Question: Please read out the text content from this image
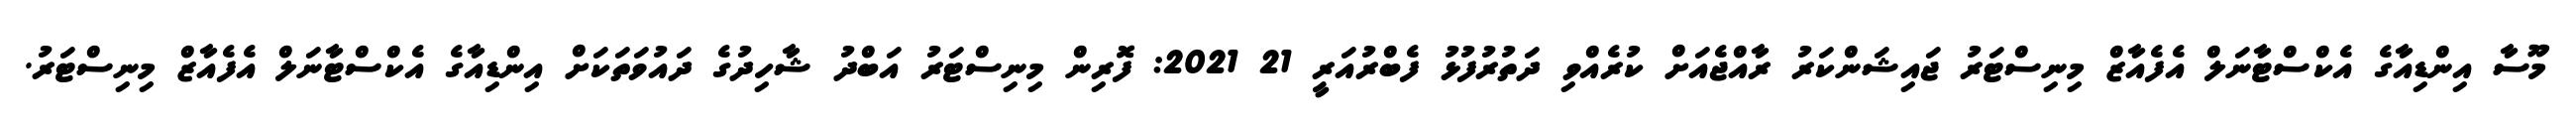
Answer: މޫސާ އިންޑިއާގެ އެކްސްޓާނަލް އެފެއާޒް މިނިސްޓަރު ޖައިޝަންކަރު ރާއްޖެއަށް ކުރެއްވި ދަތުރުފުޅު ފެބްރުއަރީ 21 2021: ފޮރިން މިނިސްޓަރު އަބްދު ޝާހިދުގެ ދައުވަތަކަށް އިންޑިއާގެ އެކްސްޓާނަލް އެފެއާޒް މިނިސްޓަރު.